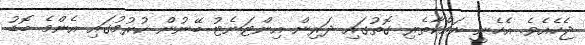
ޖެހެއެވެ. އެހެނީ ރައްކާތެރި ގޮތުގައި ދަރިން އިންޓަނެޓު ބޭނުން ކުރުމުގައި އެންމެ ބޮޑު